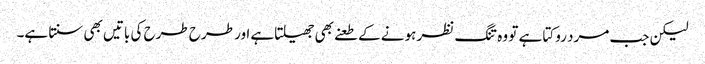
لیکن جب مرد روکتا ہے تو وہ تنگ نظر ہونے کے طعنے بھی جھیلتاہے اور طرح طرح کی باتیں بھی سنتا ہے۔